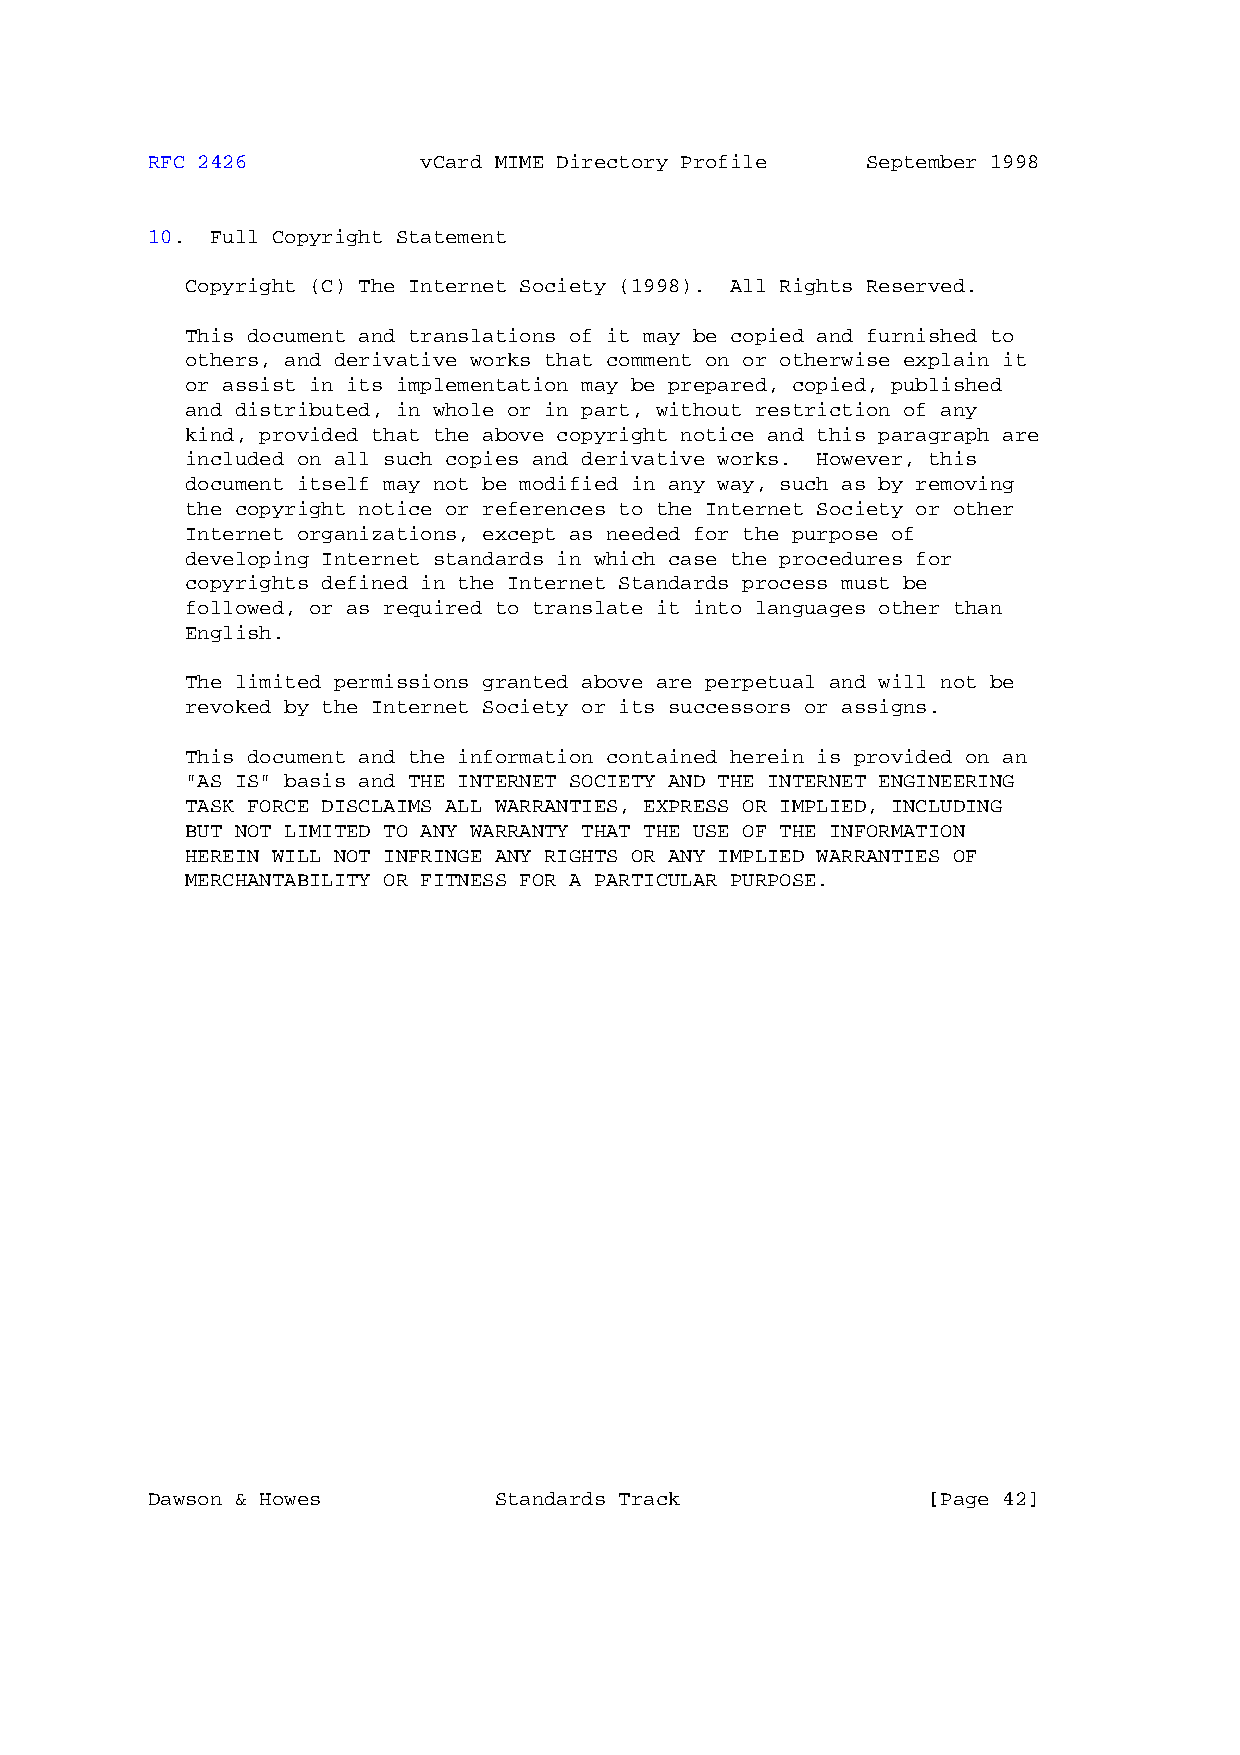
RFC 2426          vCard MIME Directory Profile September 1998
 10. Full Copyright Statement
 Copyright (C) The Internet Society (1998). All Rights Reserved.
 This document and translations of it may be copied and furnished to
 others, and derivative works that comment on or otherwise explain it
 or assist in its implementation may be prepared, copied, published
 and distributed, in whole or in part, without restriction of any
 kind, provided that the above copyright notice and this paragraph are
 included on all such copies and derivative works. However, this
 document itself may not be modified in any way, such as by removing
 the copyright notice or references to the Internet Society or other
 Internet organizations, except as needed for the purpose of
 developing Internet standards in which case the procedures for
 copyrights defined in the Internet Standards process must be
 followed, or as required to translate it into languages other than
 English.
 The limited permissions granted above are perpetual and will not be
 revoked by the Internet Society or its successors or assigns.
 This document and the information contained herein is provided on an
 "AS IS" basis and THE INTERNET SOCIETY AND THE INTERNET ENGINEERING
 TASK FORCE DISCLAIMS ALL WARRANTIES, EXPRESS OR IMPLIED, INCLUDING
 BUT NOT LIMITED TO ANY WARRANTY THAT THE USE OF THE INFORMATION
 HEREIN WILL NOT INFRINGE ANY RIGHTS OR ANY IMPLIED WARRANTIES OF
 MERCHANTABILITY OR FITNESS FOR A PARTICULAR PURPOSE.
 Dawson & Howes         Standards Track             [Page 42]